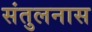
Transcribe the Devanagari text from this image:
संतुलनास